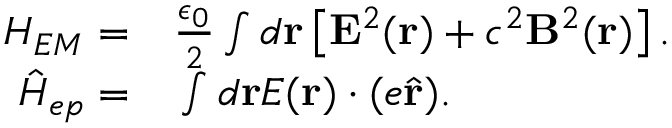
\begin{array} { r l } { H _ { E M } = } & { { } \frac { \epsilon _ { 0 } } { 2 } \int d \mathbf { r } \left[ \mathbf { E } ^ { 2 } ( \mathbf { r } ) + c ^ { 2 } \mathbf { B } ^ { 2 } ( \mathbf { r } ) \right] . } \\ { \hat { H } _ { e p } = } & { { } \int d \mathbf { r } E ( \mathbf { r } ) \cdot ( e \hat { \mathbf { r } } ) . } \end{array}